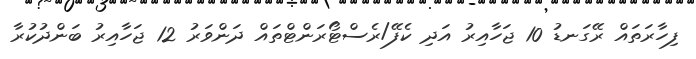
ފިހާރަތައް ރޭގަނޑު 10 ޖަހާއިރު އަދި ކެފޭ/ރެސްޓޯރަންޓްތައް ދަންވަރު 12 ޖަހާއިރު ބަންދުކުރާ